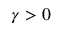
\gamma > 0